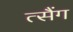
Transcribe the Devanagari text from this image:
त्सैंग